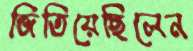
জিতিয়েছিলেন